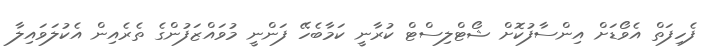
ފެހިފަތް އެވޯޑަށް އިންސާފުކޮށް ޝޯޓްލިސްޓް ކުރާނީ ކަމާބެހޭ ފަންނީ މުވައްޒަފުންގެ ތެރެއިން އެކުލަވައިލާ